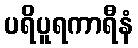
ပရိပူရကာရီနံ